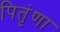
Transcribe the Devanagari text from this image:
पितृंणा